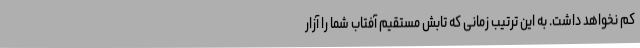
کم نخواهد داشت. به این ترتیب زمانی که تابش مستقیم آفتاب شما را آزار